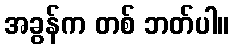
အခွန်က တစ် ဘတ်ပါ။